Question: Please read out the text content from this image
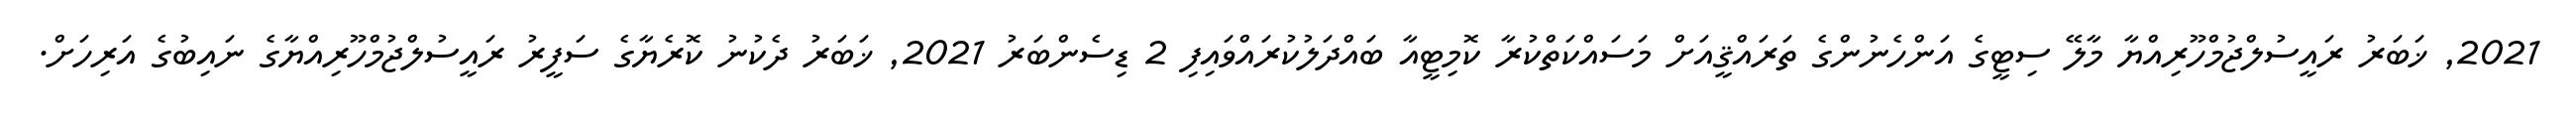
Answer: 2021, ޚަބަރު ރައީސުލްޖުމްހޫރިއްޔާ މާލޭ ސިޓީގެ އަންހެނުންގެ ތަރައްޤީއަށް މަސައްކަތްކުރާ ކޮމިޓީއާ ބައްދަލުކުރައްވައިފި 2 ޑިސެންބަރު 2021, ޚަބަރު ދެކުނު ކޮރެޔާގެ ސަފީރު ރައީސުލްޖުމްހޫރިއްޔާގެ ނައިބުގެ އަރިހަށް.